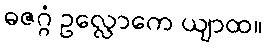
ဓဇဂ္ဂံ ဥလ္လောကေ ယျာထ။